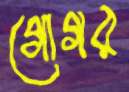
গোগর